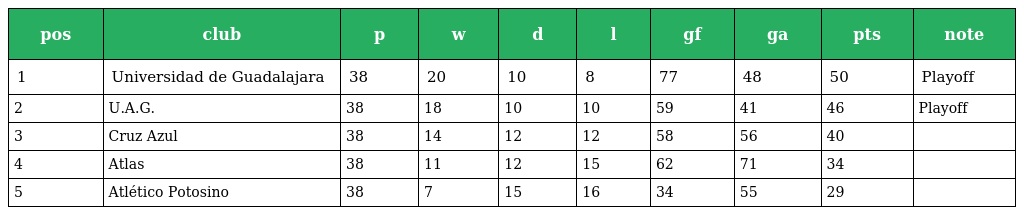
| pos | club | p | w | d | l | gf | ga | pts | note |
 | --- | --- | --- | --- | --- | --- | --- | --- | --- | --- |
 | 1 | Universidad de Guadalajara | 38 | 20 | 10 | 8 | 77 | 48 | 50 | Playoff |
 | 2 | U.A.G. | 38 | 18 | 10 | 10 | 59 | 41 | 46 | Playoff |
 | 3 | Cruz Azul | 38 | 14 | 12 | 12 | 58 | 56 | 40 |  |
 | 4 | Atlas | 38 | 11 | 12 | 15 | 62 | 71 | 34 |  |
 | 5 | Atlético Potosino | 38 | 7 | 15 | 16 | 34 | 55 | 29 |  |